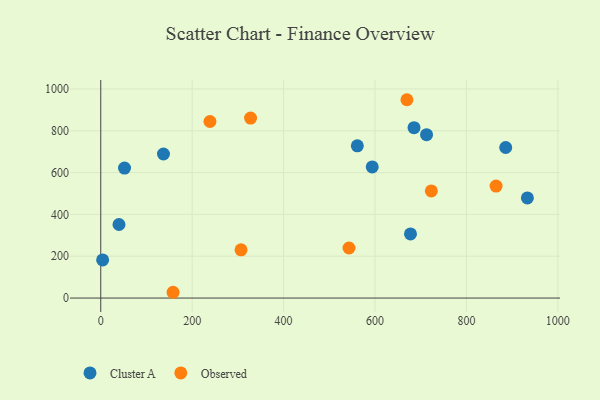
{"axis": {"x": "Speed", "y": "Yield"}, "legend": ["Cluster A", "Observed"], "data": [{"x": "137.2", "y": 688.8, "type": "Cluster A"}, {"x": "885.9", "y": 719.9, "type": "Cluster A"}, {"x": "712.7", "y": 781.2, "type": "Cluster A"}, {"x": "39.9", "y": 351.7, "type": "Cluster A"}, {"x": "52.0", "y": 621.7, "type": "Cluster A"}, {"x": "561.3", "y": 727.9, "type": "Cluster A"}, {"x": "933.3", "y": 478.9, "type": "Cluster A"}, {"x": "685.3", "y": 814.6, "type": "Cluster A"}, {"x": "4.1", "y": 182.1, "type": "Cluster A"}, {"x": "593.9", "y": 627.1, "type": "Cluster A"}, {"x": "677.6", "y": 306.4, "type": "Cluster A"}, {"x": "306.9", "y": 230.7, "type": "Observed"}, {"x": "327.7", "y": 860.5, "type": "Observed"}, {"x": "669.8", "y": 948.4, "type": "Observed"}, {"x": "158.2", "y": 27.6, "type": "Observed"}, {"x": "864.8", "y": 535.3, "type": "Observed"}, {"x": "723.2", "y": 512.4, "type": "Observed"}, {"x": "238.9", "y": 844.3, "type": "Observed"}, {"x": "543.1", "y": 239.3, "type": "Observed"}]}